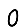
Digit: 0